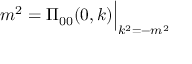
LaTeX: m ^ { 2 } = \Pi _ { 0 0 } ( 0 , k ) \Big | _ { k ^ { 2 } = - m ^ { 2 } }